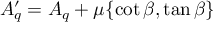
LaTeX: A _ { q } ^ { \prime } = A _ { q } + \mu \{ \cot \beta , \tan \beta \}